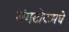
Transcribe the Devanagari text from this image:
गंगटोकमधे